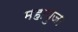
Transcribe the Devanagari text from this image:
महापुजा